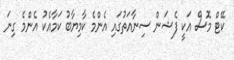
ކޭޓް މޮސް އަކީ ފެޝަން ސިނާއަތުގައި އެންމެ ކާމިޔާބު ކަމާއެކު އެންމެ ގިނަ